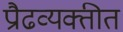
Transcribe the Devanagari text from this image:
प्रौढव्यक्तीत